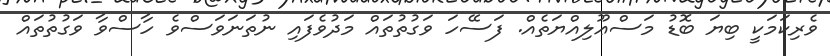
ވެރިކަމަކީ ބިޔަ ބޮޑު މަސްޢޫލިއްޔަތެއް. ފަސޭހަ ވަގުތުތައް މަދުވެފައި ނުތަނަވަސްވެ ހާސްވާ ވަގުތުތައް